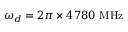
\omega _ { d } = 2 \pi \times 4 7 8 0 ~ \mathrm { M H z }